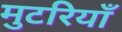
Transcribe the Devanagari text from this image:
मुटरियाँ